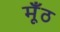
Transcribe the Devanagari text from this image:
मूँठ